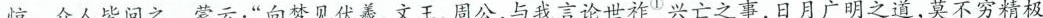
惊。众人皆问之。蒙云：”向梦见伏羲、文王、周公，与我言论世祚①兴亡之事，日月广明之道，莫不穷精极